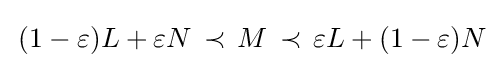
\,(1-\varepsilon )L+\varepsilon N\,\prec \,M\,\prec \,\varepsilon L+(1-\varepsilon )N